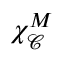
\chi _ { \mathcal { C } } ^ { M }